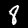
Label: 8